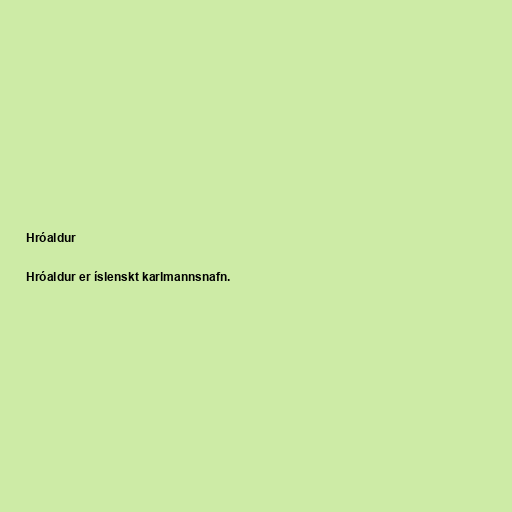
Hróaldur

Hróaldur er íslenskt karlmannsnafn.